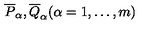
\overline { { P } } _ { \alpha } , \overline { { Q } } _ { \alpha } ( \alpha = 1 , \dots , m )